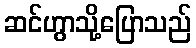
ဆင်ဟွာသို့ပြောသည်